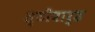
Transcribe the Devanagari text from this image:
स्टीवार्ड